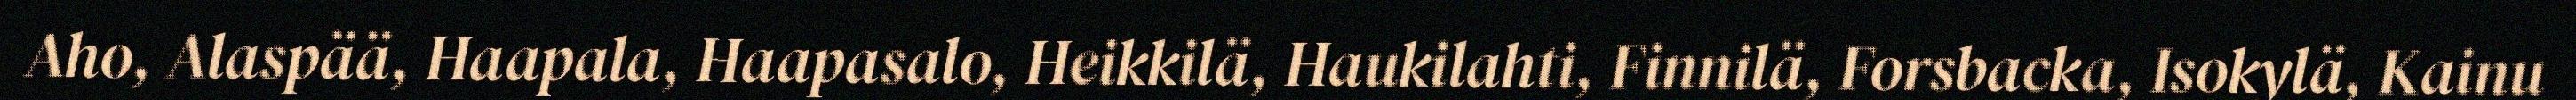
Aho, Alaspää, Haapala, Haapasalo, Heikkilä, Haukilahti, Finnilä, Forsbacka, Isokylä, Kainu